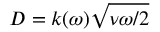
D = k ( \omega ) \sqrt { \nu \omega / 2 }